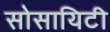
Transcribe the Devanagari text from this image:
सोसायिटी